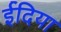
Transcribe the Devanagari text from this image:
ईदिया